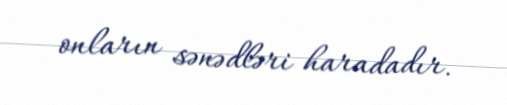
onların sənədləri haradadır.